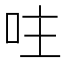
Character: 𠰍